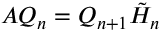
A Q _ { n } = Q _ { n + 1 } { \tilde { H } } _ { n }